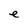
Character: e